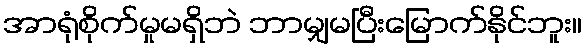
အာရုံစိုက်မှုမရှိဘဲ ဘာမျှမပြီးမြောက်နိုင်ဘူး။